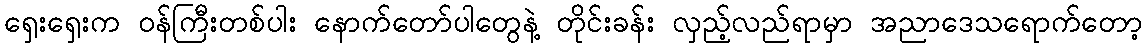
ရှေးရှေးက ဝန်ကြီးတစ်ပါး နောက်တော်ပါတွေနဲ့ တိုင်းခန်း လှည့်လည်ရာမှာ အညာဒေသရောက်တော့